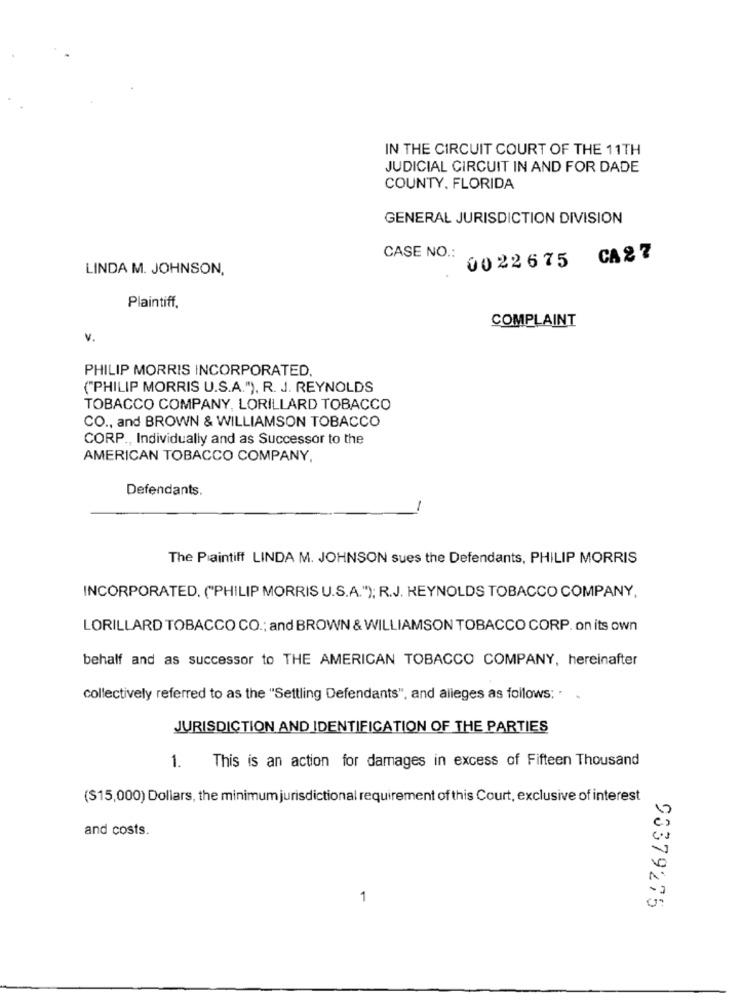
IN THE CIRCUIT COURT OF THE 11TH
JUDICIAL CIRCUIT IN AND FOR DADE
COUNTY, FLORIDA
GENERAL JURISDICTION DIVISION
CASE NO .:
0022675 CA27
LINDA M. JOHNSON,
Plaintiff.
COMPLAINT
V.
PHILIP MORRIS INCORPORATED.
("PHILIP MORRIS U.S.A."), R. J. REYNOLDS
TOBACCO COMPANY, LORILLARD TOBACCO
CO ., and BROWN & WILLIAMSON TOBACCO
CORP ., Individually and as Successor to the
AMERICAN TOBACCO COMPANY,
Defendants.
The Plaintiff LINDA M. JOHNSON sues the Defendants, PHILIP MORRIS
INCORPORATED. ("PHILIP MORRIS U.S.A."); R.J. REYNOLDS TOBACCO COMPANY,
LORILLARD TOBACCO CO .; and BROWN & WILLIAMSON TOBACCO CORP. on its own
behalf and as successor to THE AMERICAN TOBACCO COMPANY, hereinafter
collectively referred to as the "Settling Defendants", and alleges as follows: .
JURISDICTION AND IDENTIFICATION OF THE PARTIES
This is an action for damages in excess of Fifteen Thousand
1.
(S15,000) Dollars, the minimum jurisdictional requirement of this Court, exclusive of interest
and costs.
1
93379275